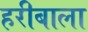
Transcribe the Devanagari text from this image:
हरीबाला